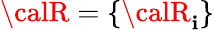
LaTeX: {\calR}=\{ {\calR}_{\mathbf{i}}\}